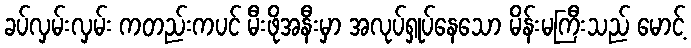
ခပ်လှမ်းလှမ်း ကတည်းကပင် မီးဖိုအနီးမှာ အလုပ်ရှုပ်နေသော မိန်းမကြီးသည် မောင့်